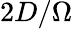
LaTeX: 2D/\Omega